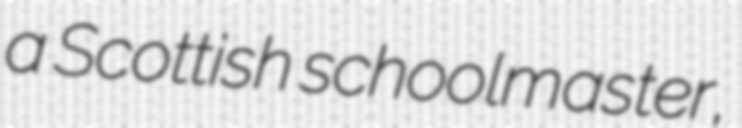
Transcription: a Scottish schoolmaster,